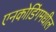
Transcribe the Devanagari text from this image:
एनकोडिंगमधील